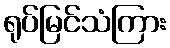
ရုပ်မြင်သံကြား